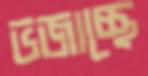
ভজাচ্ছে